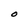
Character: O